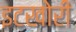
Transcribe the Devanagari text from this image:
इटखोरी